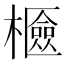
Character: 𣞘